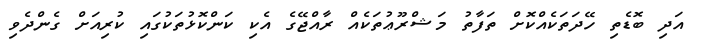
އަދި ބޮޑެތި ހޭދަތަކެއްކޮށް ތަފާތު މަޝްރޫޢުތަކެއް ރާއްޖޭގެ އެކި ކަންކޮޅުތަކުގައި ކުރިއަށް ގެންދެވި